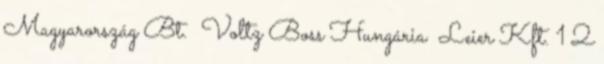
Magyarország Bt. ▪Voltz Boss Hungária ▪Leier Kft. 1 2